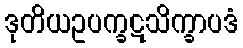
ဒုတိယဥပက္ခဋသိက္ခာပဒံ